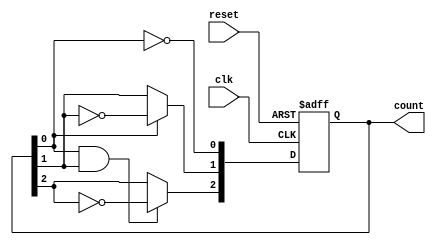
module binary_asynchronous_counter (
    input wire clk,          // Clock input
    input wire reset,        // Asynchronous reset
    output reg [N-1:0] count // Counter output (N bits wide)
);
    parameter N = 3; // Number of flip-flops, change this for different bit widths

    // T Flip-Flop implementation
    always @(negedge clk or posedge reset) begin
        if (reset) begin
            count <= 0; // Reset the counter to zero
        end else begin
            // Asynchronous counting logic
            count[0] <= ~count[0]; // Toggle LSB on every clock pulse
            count[1] <= count[0] ? ~count[1] : count[1]; // Toggle second bit on LSB falling edge
            count[2] <= (count[0] & count[1]) ? ~count[2] : count[2]; // Toggle third bit on second bit falling edge
            // Extend this pattern for more bits if needed
        end
    end
endmodule